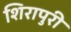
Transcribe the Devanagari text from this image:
शिरापुरी